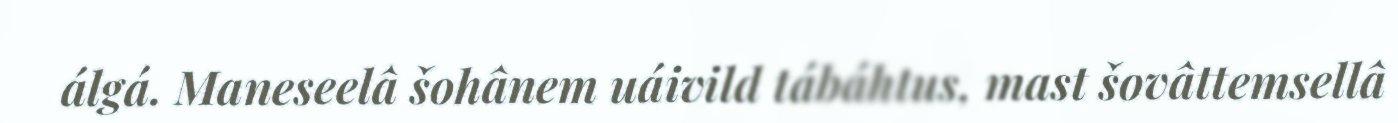
álgá. Maneseelâ šohânem uáivild tábáhtus, mast šovâttemsellâ